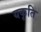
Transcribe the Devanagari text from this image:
यकृति